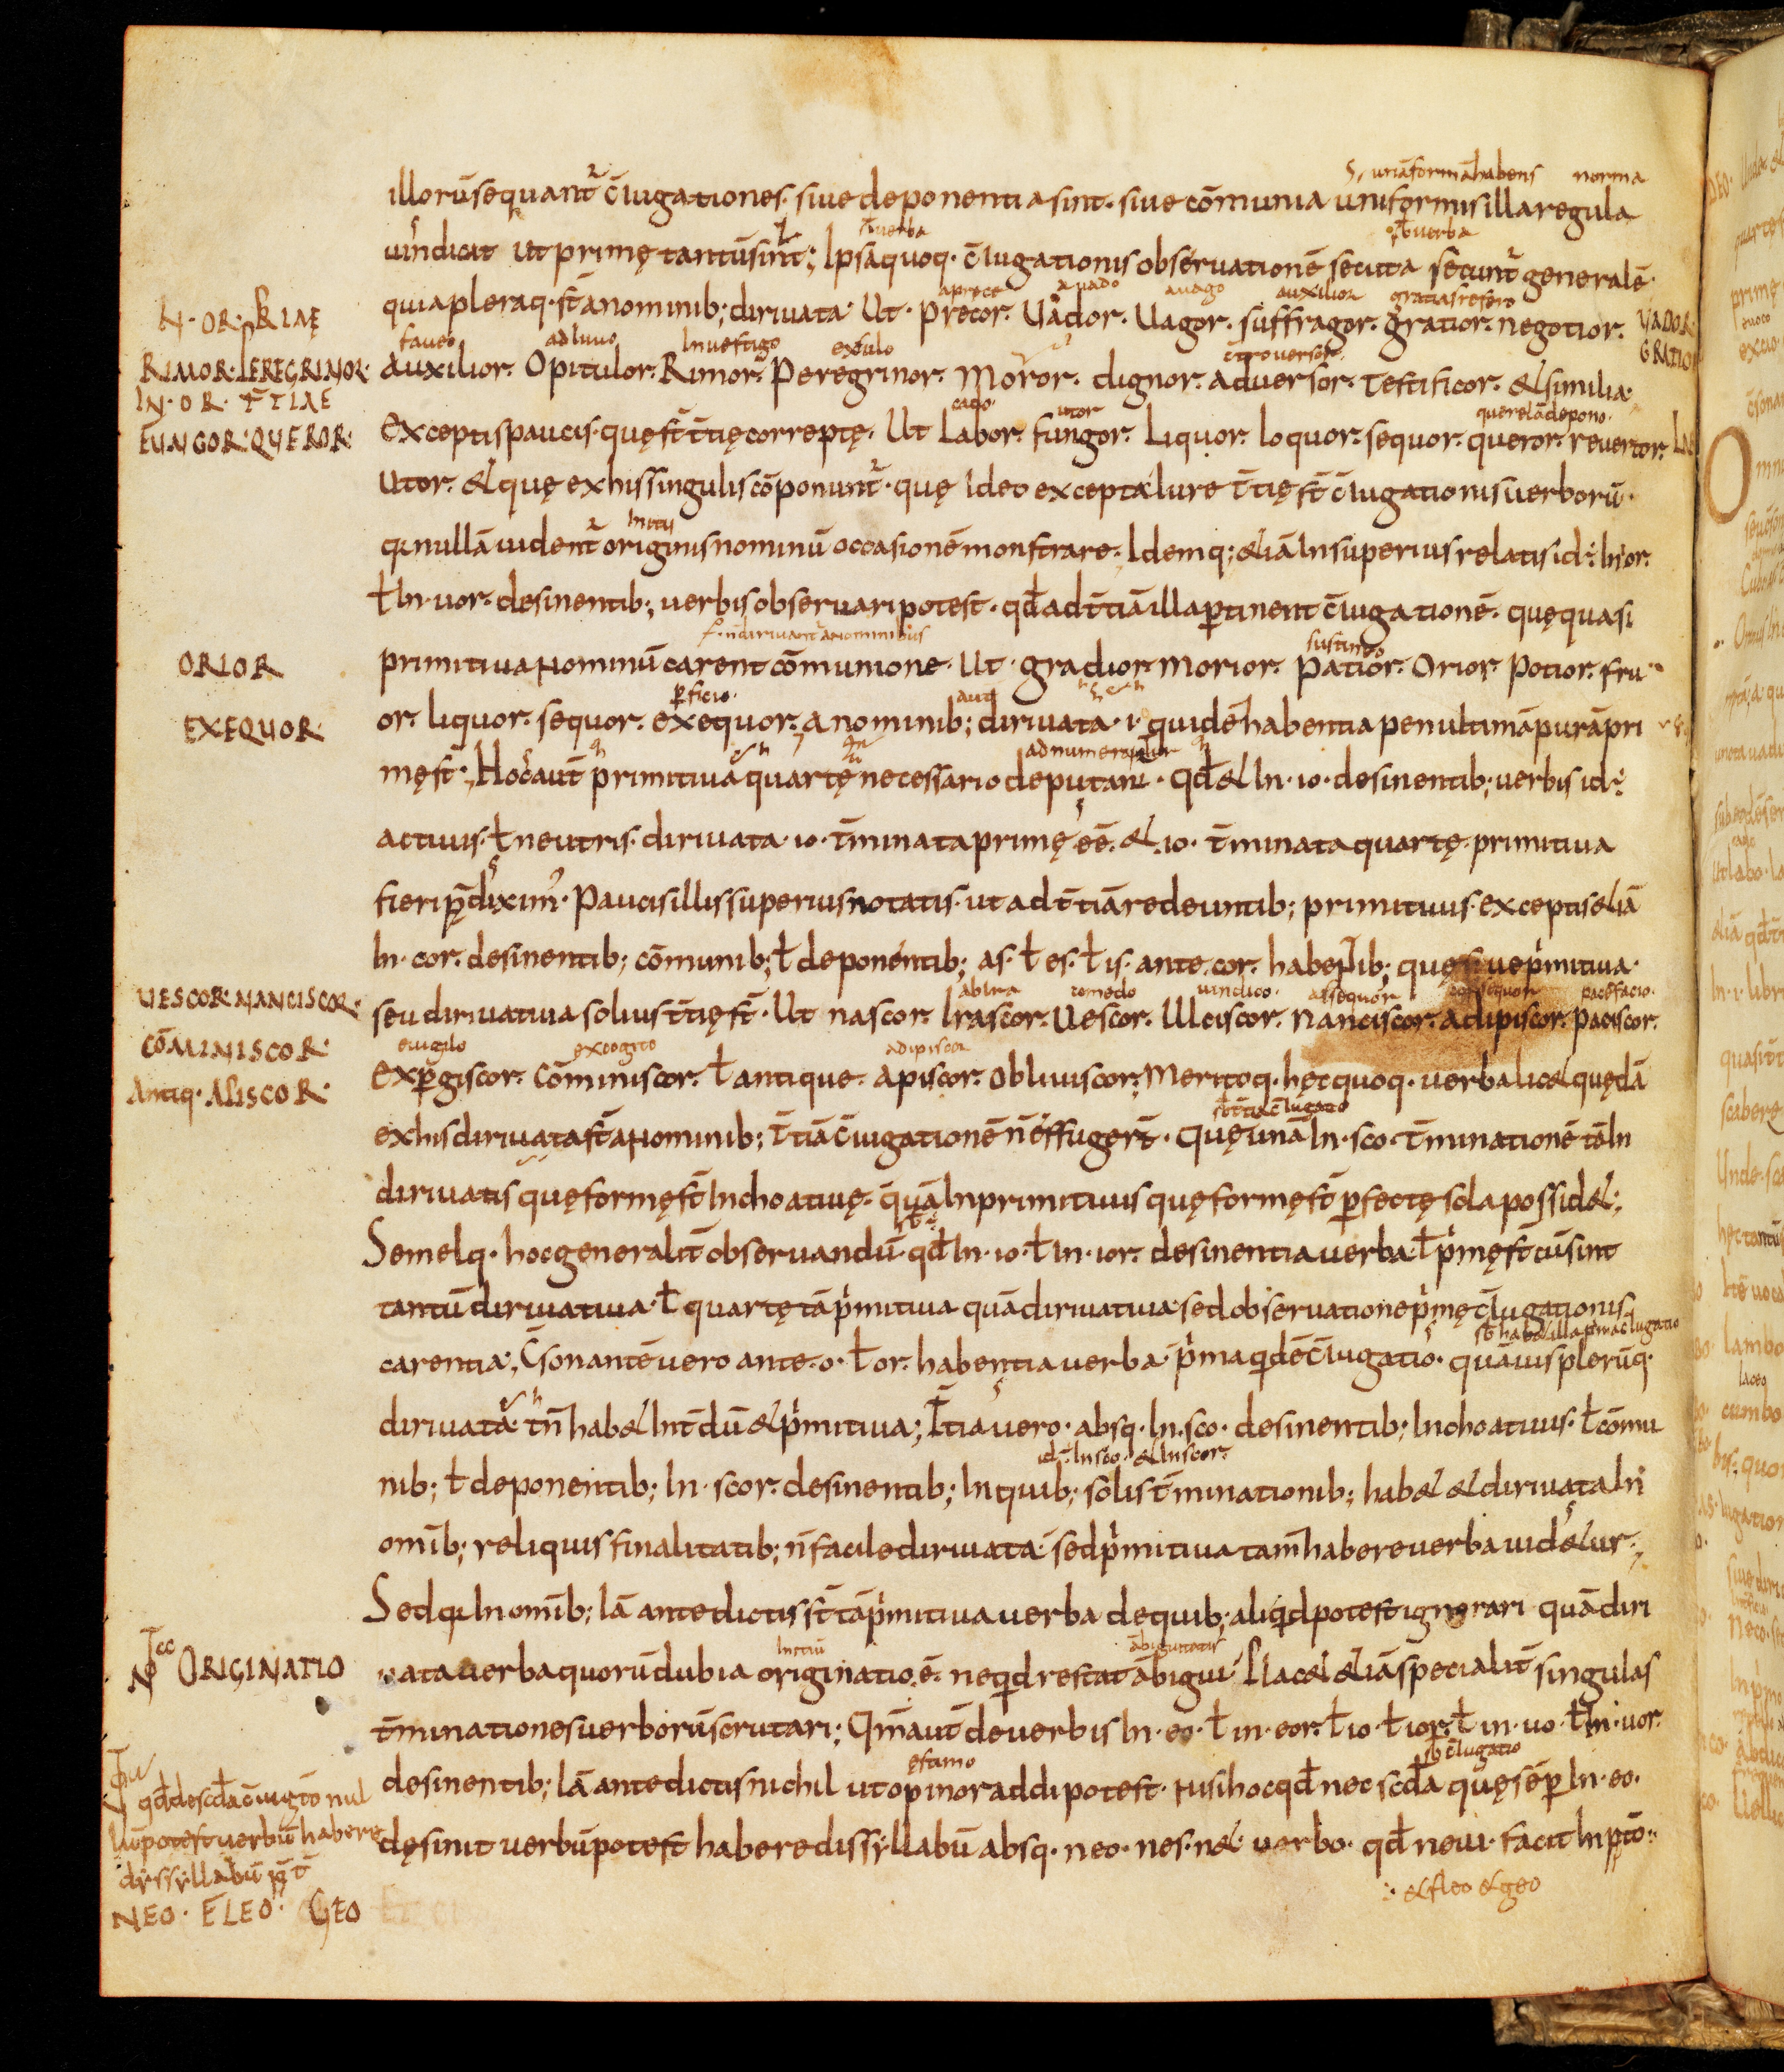
Shelfmark: Bamberg, Staatsbibliothek, MS Class. 30
Century: 9